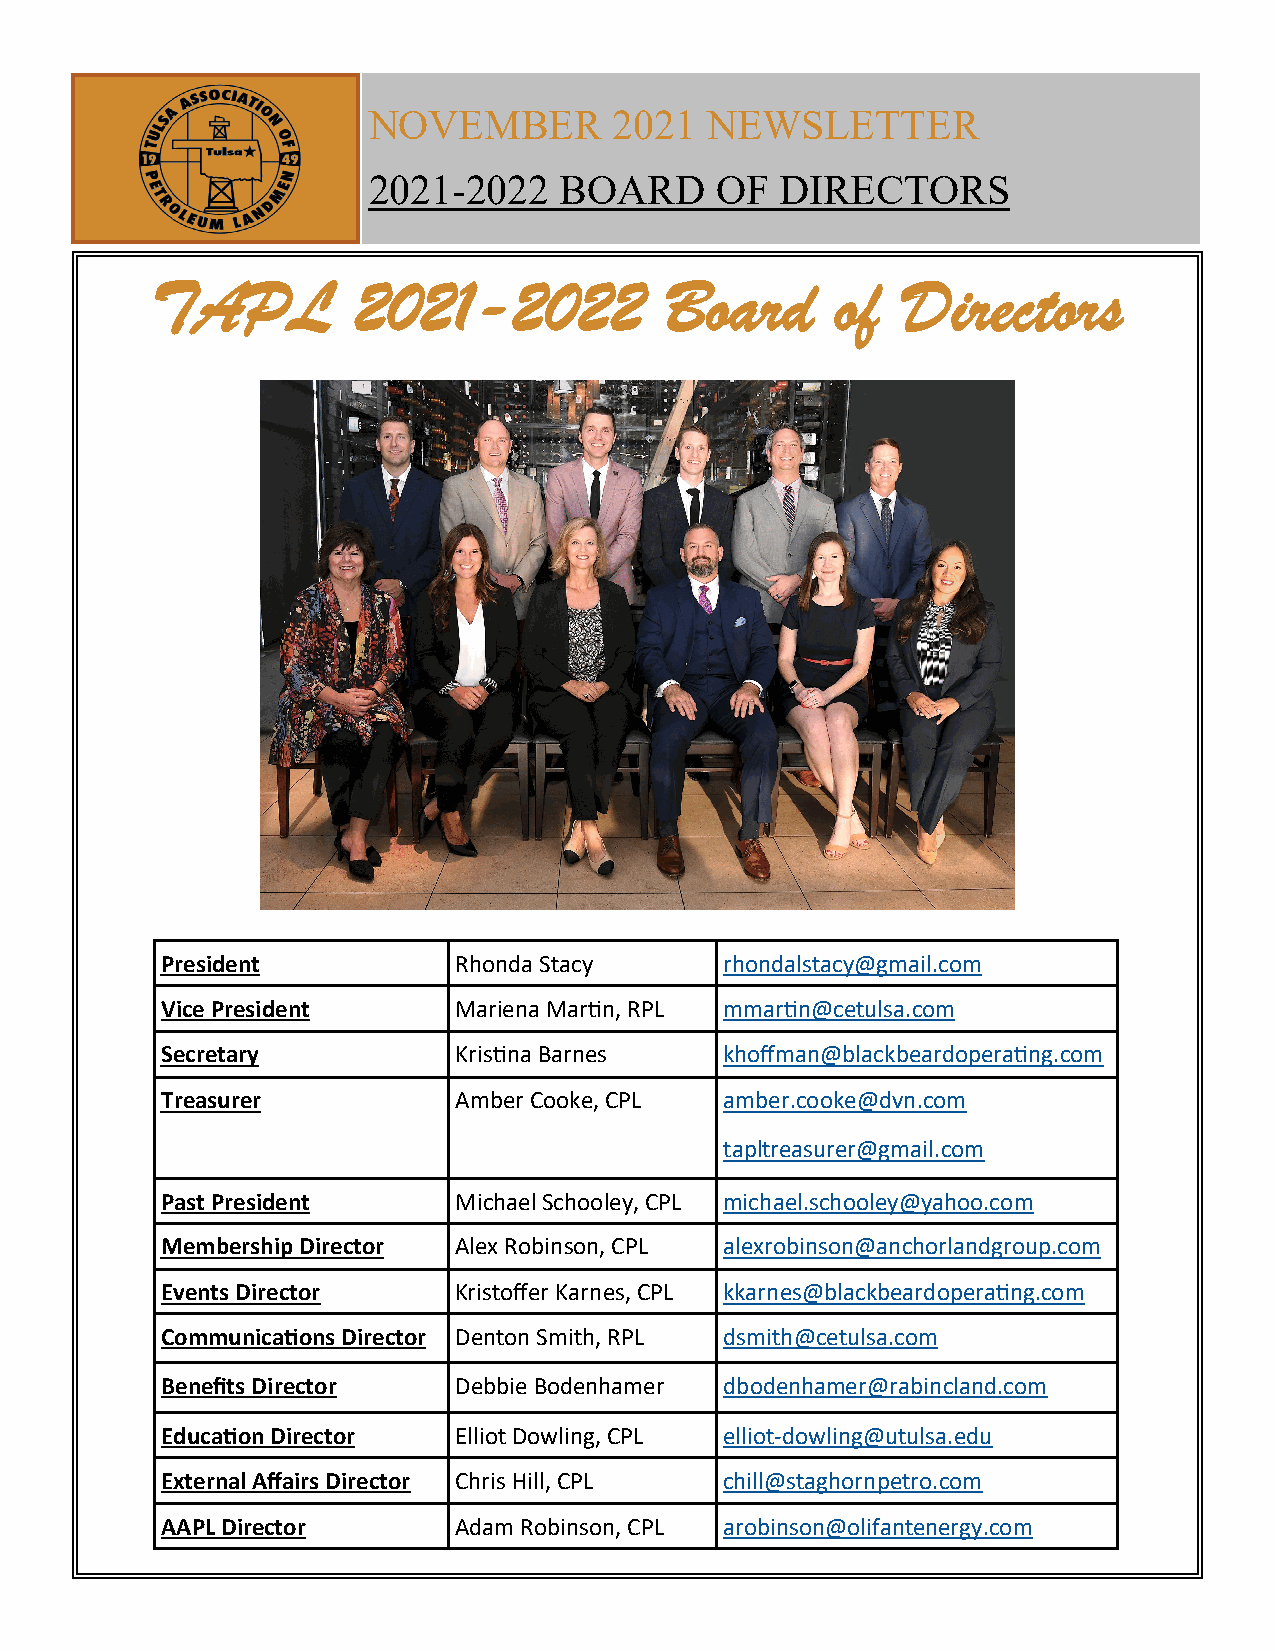
NOVEMBER         2021  NEWSLETTER
 2021-2022    BOARD     OF   DIRECTORS
 TAPL          2021-2022           Board      of   Directors
 President          Rhonda Stacy      rhondalstacy@gmail.com
 Vice President     Mariena Martin, RPL mmartin@cetulsa.com
 Secretary          Kristina Barnes   khoffman@blackbeardoperating.com
 Treasurer          Amber Cooke, CPL  amber.cooke@dvn.com
 tapltreasurer@gmail.com
 Past President     Michael Schooley, CPL michael.schooley@yahoo.com
 Membership Director Alex Robinson, CPL alexrobinson@anchorlandgroup.com
 Events Director    Kristoffer Karnes, CPL kkarnes@blackbeardoperating.com
 Communications Director Denton Smith, RPL dsmith@cetulsa.com
 Benefits Director  Debbie Bodenhamer dbodenhamer@rabincland.com
 Education Director Elliot Dowling, CPL elliot-dowling@utulsa.edu
 External Affairs Director Chris Hill, CPL chill@staghornpetro.com
 AAPL Director      Adam Robinson, CPL arobinson@olifantenergy.com